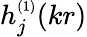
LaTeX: h_{j}^{\scriptscriptstyle(1)}(kr)